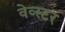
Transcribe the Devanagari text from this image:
वेव्स्टर